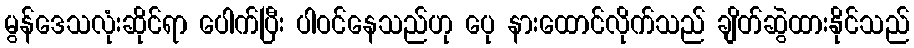
မွန်ဒေသလုံးဆိုင်ရာ ပေါက်ပြီး ပါဝင်နေသည်ဟု ပေု နားထောင်လိုက်သည် ချိတ်ဆွဲထားနိုင်သည်